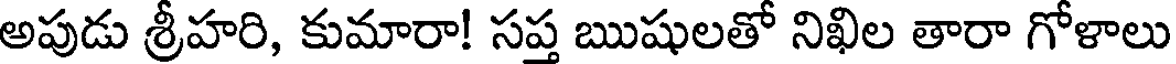
అపుడు శ్రీహరి, కుమారా! సప్త ఋషులతో నిఖిల తారా గోళాలు